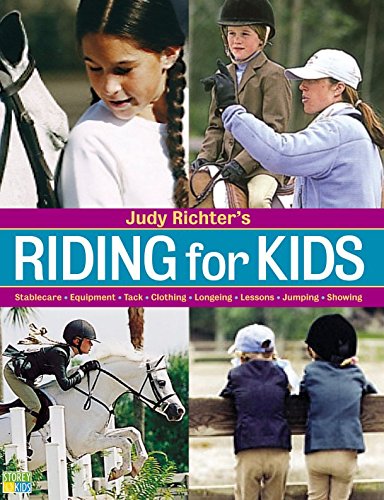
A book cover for Judy Richter's Riding for Kids: Stable Care, Equipment, Tack, Clothing, Longeing, Lessons, Jumping, Showing; Judy Richter; Crafts, Hobbies & Home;